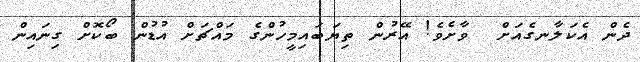
ދެން އެކަލާނގެއަށް  ވާށެވެ! އޭރުން ތިޔަބައިމީހުންގެ މައްޗަށް އުޑުން ބޯކޮށް ގިނައިން